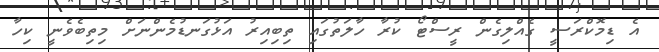
އެ ޑިމޮކްރަސީ ގެއްލިގެން ރީސްޓޯ ކުރާ ހާލަތުގައި ތިބިއިރު އަޅުގަނޑުމެންނަށް މިތިބެވެނީ ކިހާ